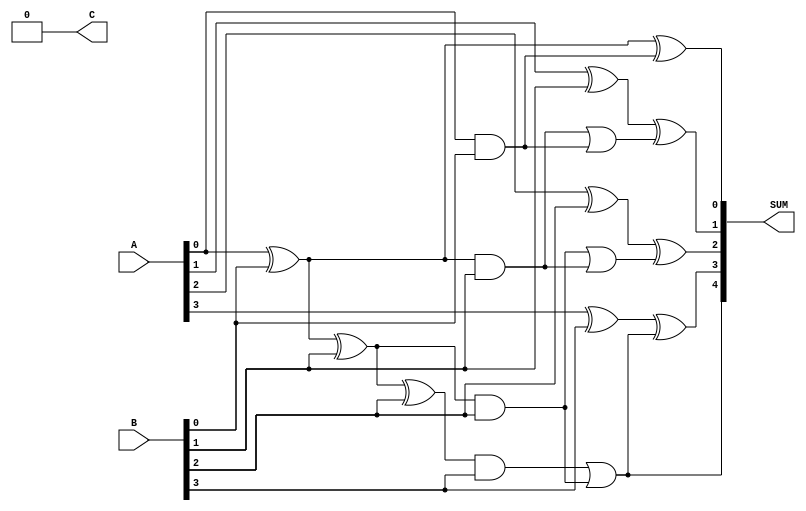
module CarryLookaheadAdder (
    input [3:0] A,
    input [3:0] B,
    output [4:0] SUM,
    output C
);

wire [3:0] P, G;
wire [4:1] C_array;

assign {C, C_array} = generate_carry(A, B, P, G);
assign SUM = generate_sum(A, B, C_array);

function [4:1] generate_carry;
    input [3:0] A, B;
    input [3:0] P, G;
    reg [4:1] C;

    C[1] = A[0] & B[0];
    P[0] = A[0] ^ B[0];
    G[0] = A[0] & B[0];

    C[2] = P[0] & B[1] | G[0];
    P[1] = P[0] ^ B[1];
    G[1] = P[0] & B[1];

    C[3] = P[1] & B[2] | G[1];
    P[2] = P[1] ^ B[2];
    G[2] = P[1] & B[2];

    C[4] = P[2] & B[3] | G[2];

    generate_carry = C;
endfunction

function [4:0] generate_sum;
    input [3:0] A, B;
    input [4:1] C;
    reg [4:0] SUM;

    SUM[0] = A[0] ^ B[0] ^ C[1];
    SUM[1] = A[1] ^ B[1] ^ C[2];
    SUM[2] = A[2] ^ B[2] ^ C[3];
    SUM[3] = A[3] ^ B[3] ^ C[4];

    SUM[4] = C[4];

    generate_sum = SUM;
endfunction

endmodule